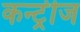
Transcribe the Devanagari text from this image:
कन्ट्रीज